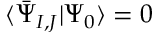
\ensuremath { \langle \bar { \Psi } _ { I , J } \vert \Psi _ { 0 } \rangle } = 0